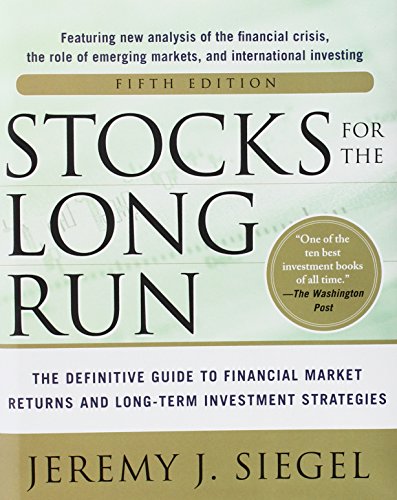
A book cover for Stocks for the Long Run 5/E:  The Definitive Guide to Financial Market Returns & Long-Term Investment Strategies; Jeremy J. Siegel; Business & Money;